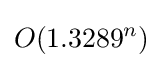
O(1.3289^{n})